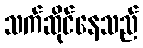
သက်ဆိုင်နေသည်